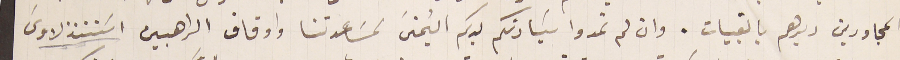
المجاورين ديرهم بالقبيات. وان لم تمدوا سَيادتكم يدكم اليمنى لمسَاعدتنا واوقاف الراهبين اسَتنذلاوسَ